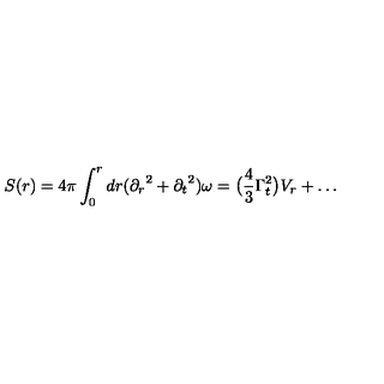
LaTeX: S ( r ) = 4 \pi \int _ { 0 } ^ { r } d r ( { \partial _ { r } } ^ { 2 } + { \partial _ { t } } ^ { 2 } ) \omega = \bigl ( \frac { 4 } { 3 } \Gamma _ { t } ^ { 2 } \bigl ) V _ { r } + \ldots